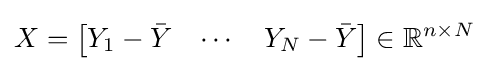
X={\begin{bmatrix}Y_{1}-{\bar {Y}}&\cdots &Y_{N}-{\bar {Y}}\end{bmatrix}}\in \mathbb {R} ^{n\times N}